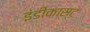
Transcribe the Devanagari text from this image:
इंडीकास्ट